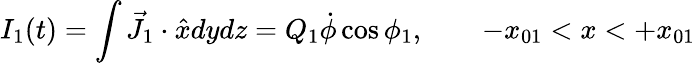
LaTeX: I_{1}(t)=\int\vec{J}_{1}\cdot\hat{x}dydz=Q_{1}\dot{\phi}\cos\phi_{1},\qquad-x_{01}<x<+x_{01}